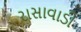
રાસાવાડી